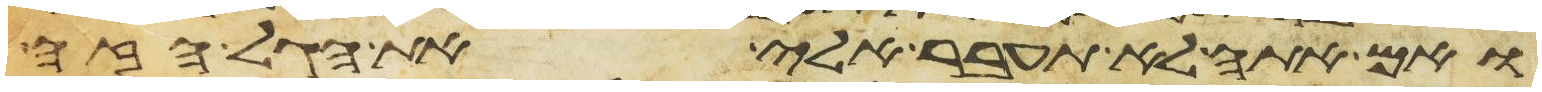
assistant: ואם אתה לא תעבר אלי את הגל הזה